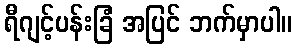
ရီဂျင့်ပန်းခြံ အပြင် ဘက်မှာပါ။